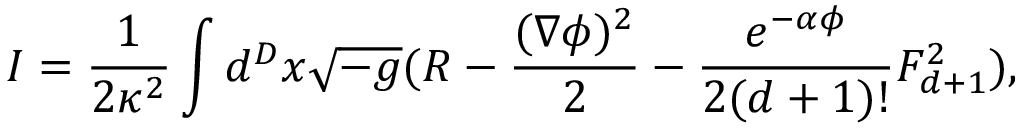
I = \frac { 1 } { 2 \kappa ^ { 2 } } \int d ^ { D } x \sqrt { - g } ( R - \frac { ( \nabla \phi ) ^ { 2 } } { 2 } - \frac { e ^ { - \alpha \phi } } { 2 ( d + 1 ) ! } F _ { d + 1 } ^ { 2 } ) ,